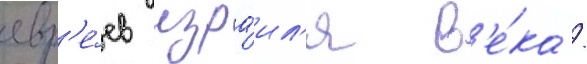
евр'е́ев изра́ил'я в'е́ка /